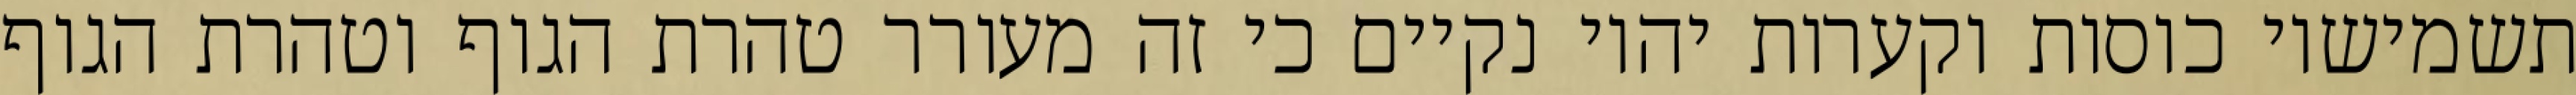
תשמישיו כוסות וקערות יהיו נקיים כי זה מעורר טהרת הגוף וטהרת הגוף